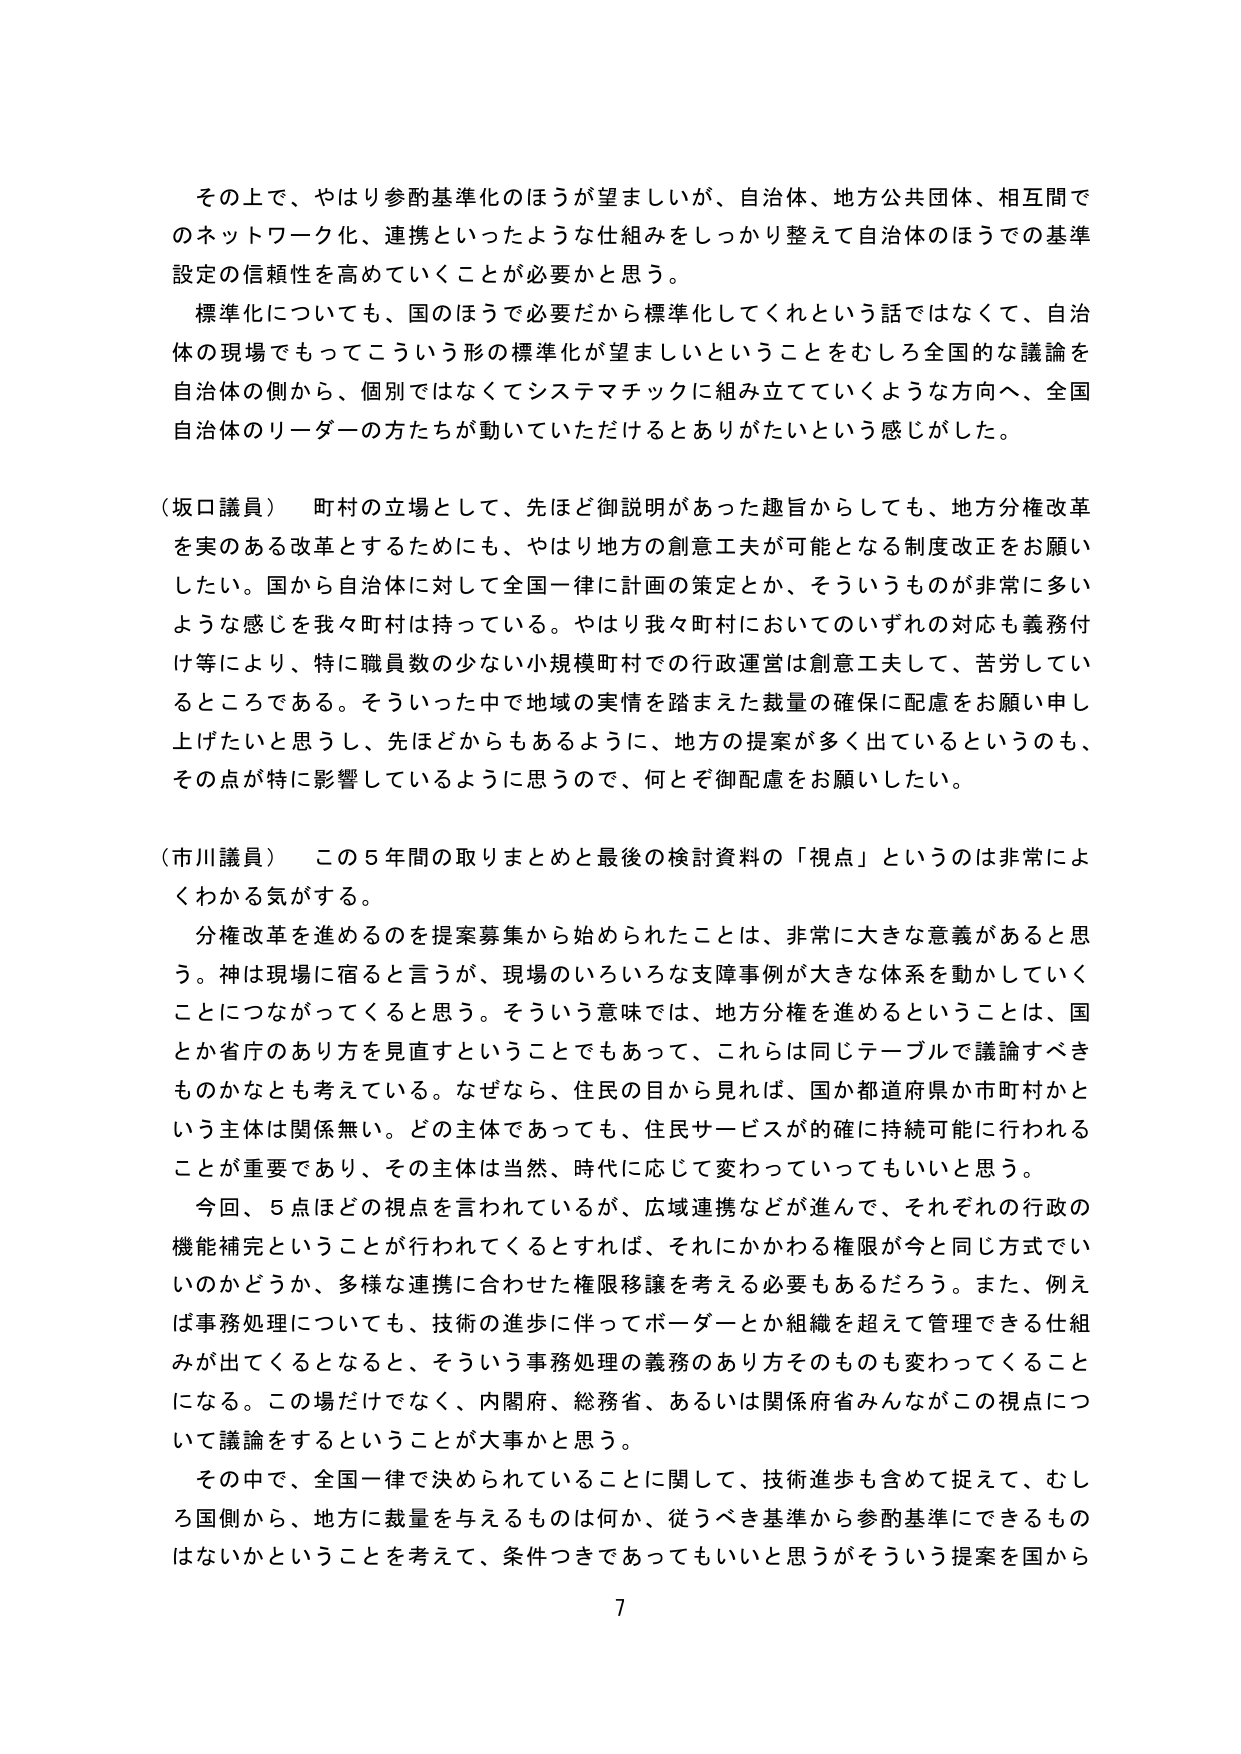
その上で、やはり参酌基準化のほうが望ましいが、自治体、地方公共団体、相互間でのネットワーク化、連携といったような仕組みをしっかり整えて自治体のほうでの基準設定の信頼性を高めていくことが必要かと思う。

標準化についても、国のほうで必要だから標準化してくれという話ではなくて、自治体の現場でもってこういう形の標準化が望ましいということをむしろ全国的な議論を自治体の側から、個別ではなくてシステマチックに組み立てていくような方向へ、全国自治体のリーダーの方たちが動いていただけるとありがたいという感じがした。

（坂口議員） 町村の立場として、先ほど御説明があった趣旨からしても、地方分権改革を実のある改革とするためにも、やはり地方の創意工夫が可能となる制度改正をお願いしたい。国から自治体に対して全国一律に計画の策定とか、そういうものが多いような感じを我々町村は持っている。やはり我々町村においてのいずれの対応も義務付け等により、特に職員数の少ない小規模町村での行政運営は創意工夫して、苦労しているところである。そういった中で地域の実情を踏まえた裁量の確保に配慮をお願い申し上げたいと思うし、先ほどからもあるように、地方の提案が多く出ているというのも、その点が特に影響しているように思うので、何とぞ御配慮をお願いしたい。

（市川議員） この５年間の取りまとめと最後の検討資料の「視点」というのは非常によくわかる気がする。

分権改革を進めるのを提案募集から始められたことは、非常に大きな意義があると思う。神は現場に宿ると言うが、現場のいろいろな支障事例が大きな体系を動かしていくことにつながってくると思う。そういう意味では、地方分権を進めるということは、国とか省庁のあり方を見直すということでもあって、これらは同じテーブルで議論すべきものかなとも考えている。なぜなら、住民の目から見れば、国か都道府県か市町村かという主体は関係無い。どの主体であっても、住民サービスが的確に持続可能に行われることが重要であり、その主体は当然、時代に応じて変わっていってもいいと思う。

今回、５点ほどの視点が言われているが、広域連携などが進んで、それぞれの行政の機能補完ということが行われてくるとすれば、それにかかわる権限が今と同じ方式でいいのかどうか、多様な連携に合わせた権限移譲を考える必要もあるだろう。また、例えば事務処理についても、技術の進歩に伴ってボーダーとか組織を超えて管理できる仕組みが出てくるとなると、そういう事務処理の義務のあり方そのものも変わってくることになる。この場だけでなく、内閣府、総務省、あるいは関係府省みんながこの視点について議論をするということが大事かと思う。

その中で、全国一律で決められていることに関して、技術進歩も含めて捉えて、むしろ国側から、地方に裁量を与えるものは何か、従うべき基準から参酌基準にできるものはないかということを考えて、条件つきであってもいいと思うがそういう提案を国から

7